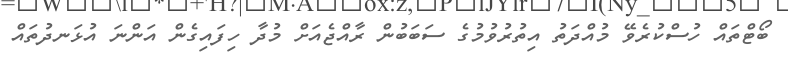
ބޯޓްތައް ހުސްކުރެވޭ މުއްދަތު އިތުރުވުމުގެ ސަބަބުން ރާއްޖެއަށް މުދާ ހިފައިގެން އަންނަ އުޅަނދުތައް